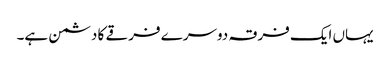
یہاں ایک فرقہ دوسرے فرقے کا دشمن ہے۔